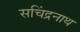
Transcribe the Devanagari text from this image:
सचिंद्रनाथ